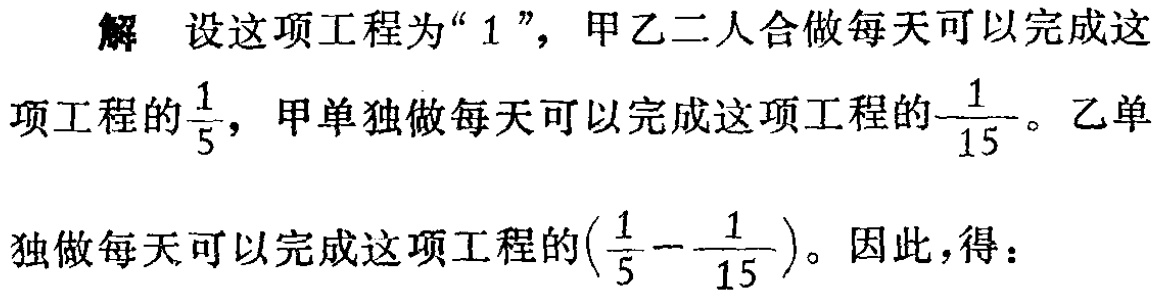
解 设这项工程为“$1$”，甲乙二人合做每天可以完成这项工程的$\frac{1}{5}$，甲单独做每天可以完成这项工程的$\frac{1}{15}$。乙单独做每天可以完成这项工程的$(\frac{1}{5}-\frac{1}{15})$。因此，得：